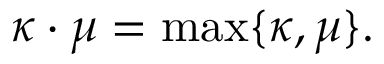
\kappa \cdot \mu = \operatorname* { m a x } \{ \kappa , \mu \} .